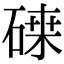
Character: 𥔫